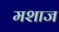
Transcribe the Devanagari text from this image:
मशाज